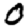
Digit: 0